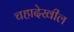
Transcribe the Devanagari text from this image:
चहादेखील